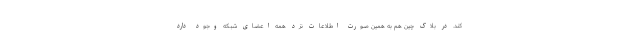
کند. در بلاک چین هم به همین صورت اطلاعات نزد همه اعضای شبکه وجود دارد